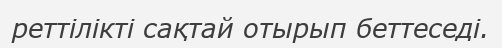
реттілікті сақтай отырып беттеседі.